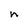
Character: n